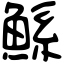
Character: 鯀